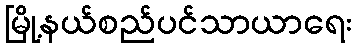
မြို့နယ်စည်ပင်သာယာရေး